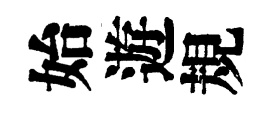
始遊規